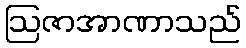
ဩဇာအာဏာသည်